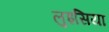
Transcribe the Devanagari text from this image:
लुइसिया